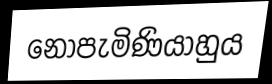
නොපැමිණියාහුය